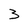
Character: 3